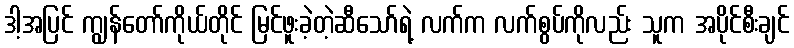
ဒါ့အပြင် ကျွန်တော်ကိုယ်တိုင် မြင်ဖူးခဲ့တဲ့ဆီသော်ရဲ့ လက်က လက်စွပ်ကိုလည်း သူက အပိုင်စီးချင်